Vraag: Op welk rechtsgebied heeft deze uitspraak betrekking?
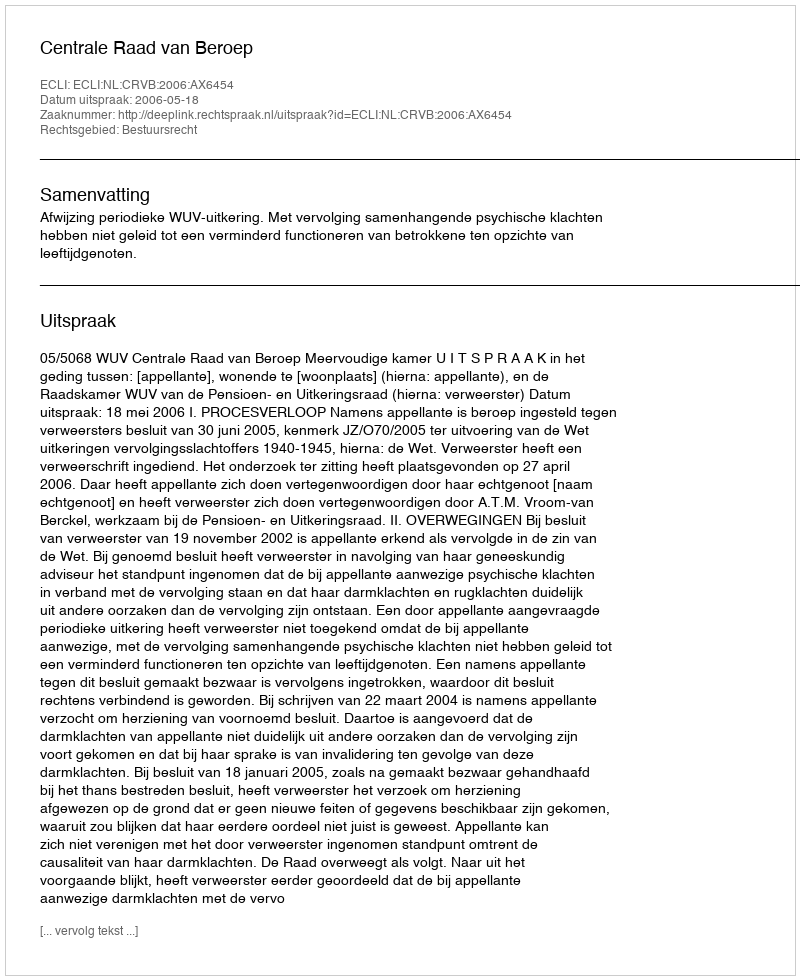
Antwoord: Bestuursrecht